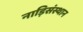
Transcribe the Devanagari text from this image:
नाड़िसंस्थान